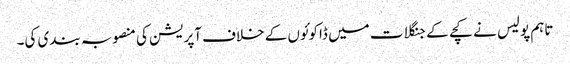
تاہم پولیس نے کچے کے جنگلات میں ڈاکوئوں کے خلاف آپریشن کی منصوبہ بندی کی۔